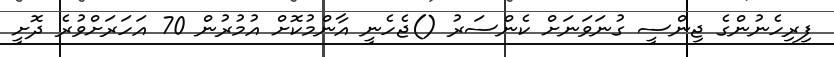
ފިރިހެނުންގެ ޖިންސީ ގުނަވަނަށް ކެންސަރު ()ޖެހެނީ އާންމުކޮށް އުމުރުން 70 އަހަރަށްވުރެ ދޮށީ